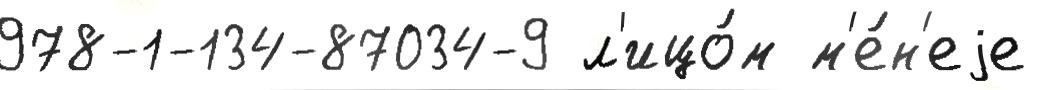
978-1-134-87034-9 л'ицо́м м'е́н'еjе